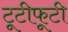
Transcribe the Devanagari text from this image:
टूटीफूटी